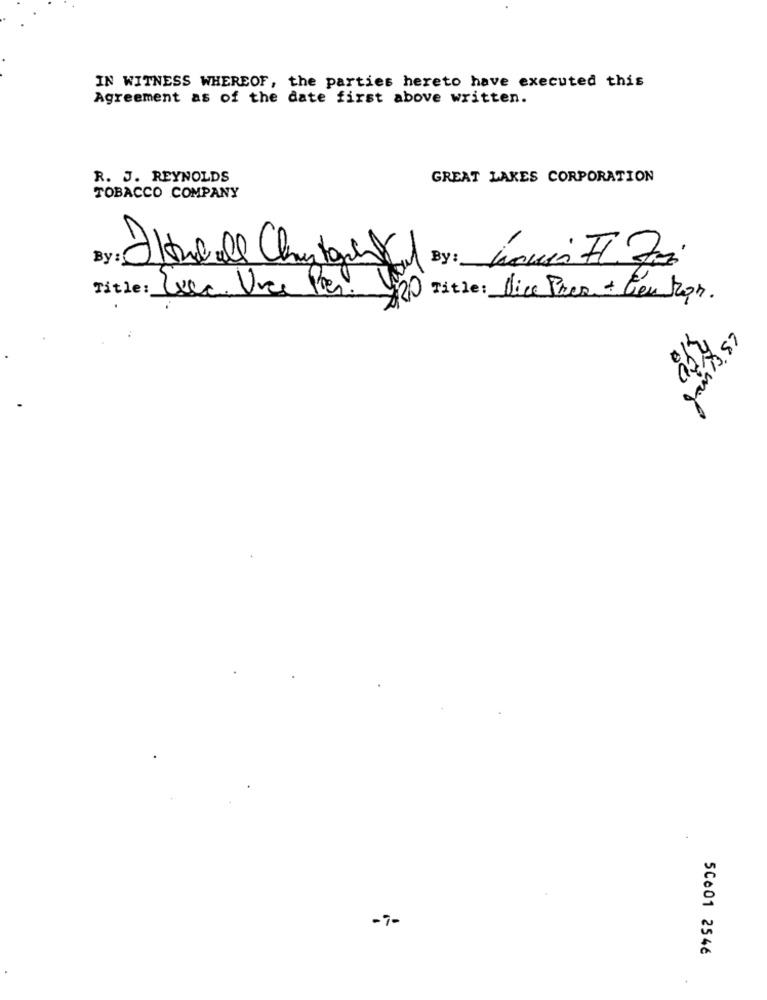
IN WITNESS WHEREOF, the parties hereto have executed this
Agreement as of the date first above written.
R. J. REYNOLDS
GREAT LAKES CORPORATION
TOBACCO COMPANY
Title: Luca. Vice Pres.
$20
Title: Vice Pres + tien Mgr.
35€
-7-
5Ce01 2546